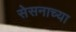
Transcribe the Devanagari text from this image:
सेसनाच्या